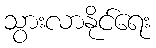
သွားလာနိုင်ရေး